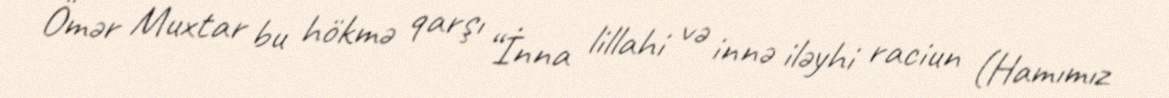
Ömər Muxtar bu hökmə qarşı “İnna lillahi və innə iləyhi raciun (Hamımız